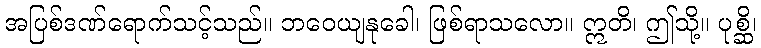
အပြစ်ဒဏ်ရောက်သင့်သည်။ ဘဝေယျနုခေါ၊ ဖြစ်ရာသလော။ ဣတိ၊ ဤသို့။ ပုစ္ဆိ၊